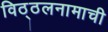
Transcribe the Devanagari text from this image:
विठ्ठलनामाची